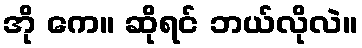
အို ကေ။ ဆိုရင် ဘယ်လိုလဲ။